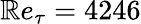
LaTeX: \mathbb{R}e_{\tau}=4246